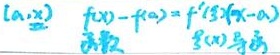
\((a,\xi)\) \(f(x)-f(a)=f'(\xi)(x - a)\)
函数 \(f(x)\) 与的